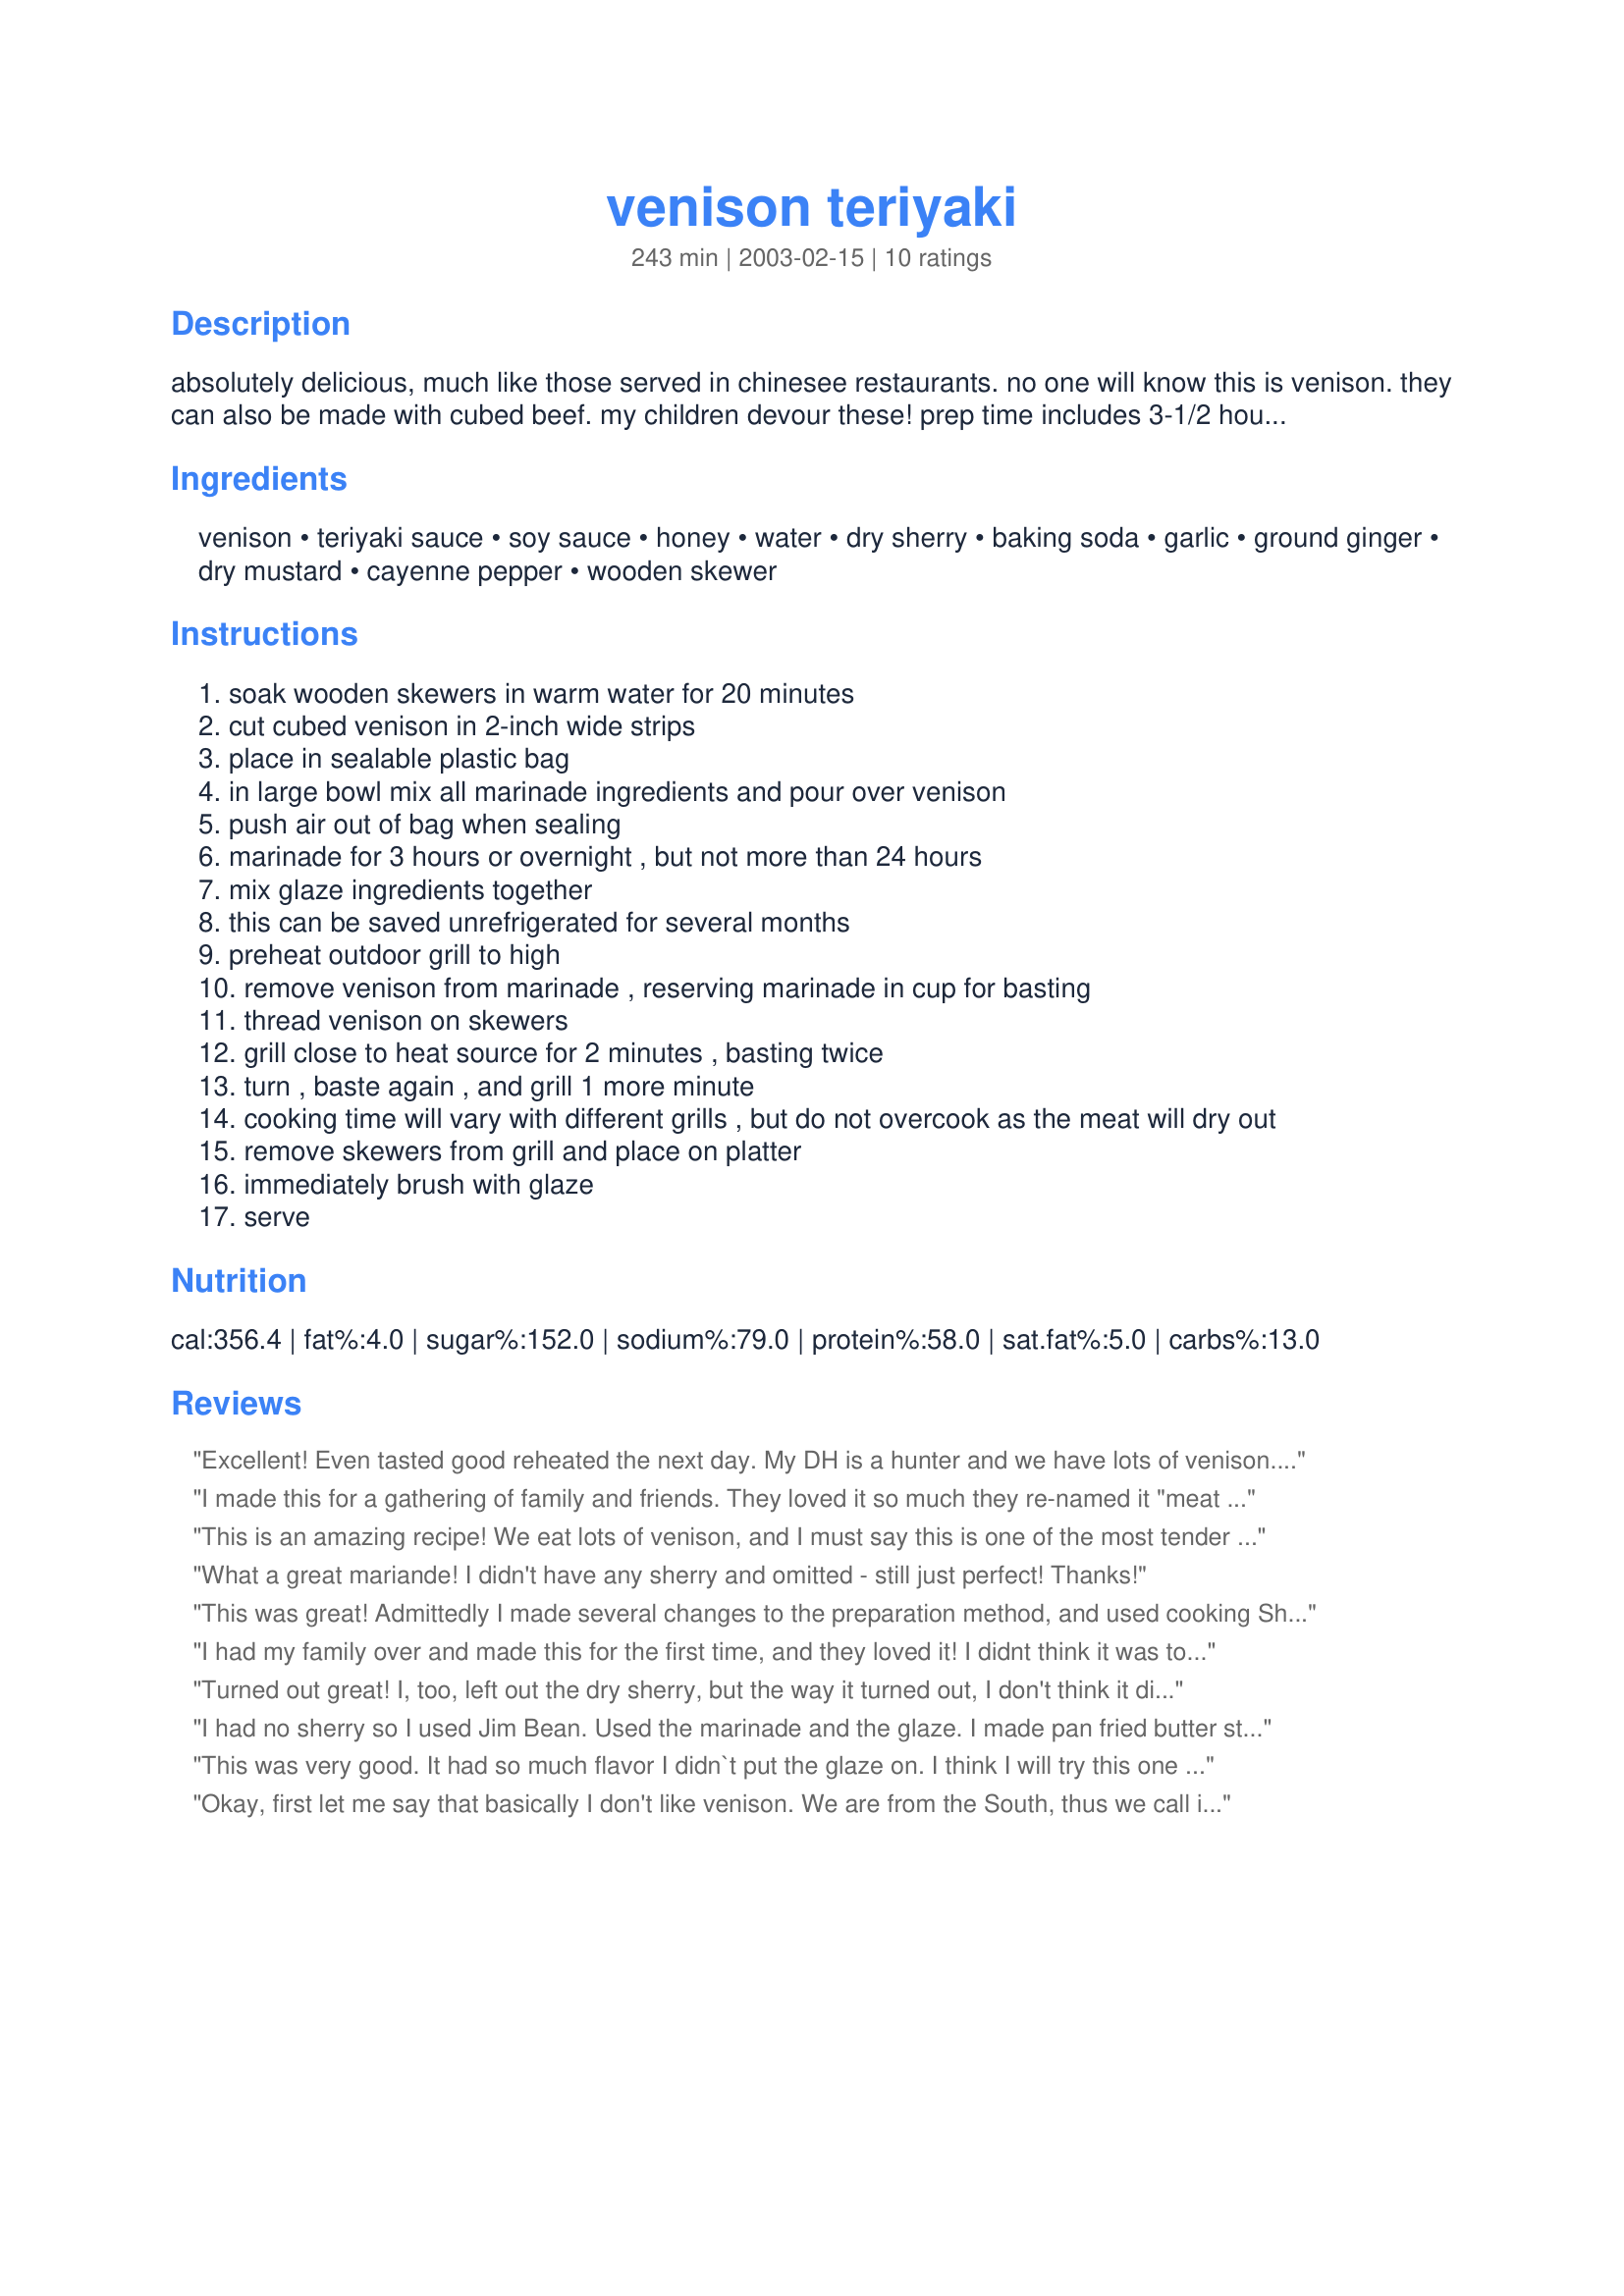
venison teriyaki
Preparation time: 243 minutes

absolutely delicious, much like those served in chinesee restaurants. no one will know this is venison. they can also be made with cubed beef. my children devour these! prep time includes 3-1/2 hours marinating time.

Ingredients:
venison, teriyaki sauce, soy sauce, honey, water, dry sherry, baking soda, garlic, ground ginger, dry mustard, cayenne pepper, wooden skewer

Steps:
soak wooden skewers in warm water for 20 minutes
cut cubed venison in 2-inch wide strips
place in sealable plastic bag
in large bowl mix all marinade ingredients and pour over venison
push air out of bag when sealing
marinade for 3 hours or overnight , but not more than 24 hours
mix glaze ingredients together
this can be saved unrefrigerated for several months
preheat outdoor grill to high
remove venison from marinade , reserving marinade in cup for basting
thread venison on skewers
grill close to heat source for 2 minutes , basting twice
turn , baste again , and grill 1 more minute
cooking time will vary with different grills , but do not overcook as the meat will dry out
remove skewers from grill and place on platter
immediately brush with glaze
serve

Reviews:
Excellent! Even tasted good reheated the next day. My DH is a hunter and we have lots of venison. Thanks for a new recipe BeachGirl!
I made this for a gathering of family and friends. They loved it so much they re-named it "meat candy"!
This is an amazing recipe! We eat lots of venison, and I must say this is one of the most tender and flavorful preparations we've had. I had not used baking soda in a marinade before-it made the meat incredibly tender and juicy. Thanks!
What a great mariande! I didn't have any sherry and omitted - still just perfect! Thanks!
This was great! Admittedly I made several changes to the preparation method, and used cooking Sherry instead of the drinking kind but it still came out very well. I made this on a weeknight and didnâ€™t have time to marinate my roast, so after cubing it up I placed it in the bottom of a 9x13 pan, covered it with the marinade, and baked it covered for almost an hour @ 350. Just before serving I removed it from the marinade and brushed it with the glaze. It came out so tender it was falling apart.
I had my family over and made this for the first time, and they loved it! I didnt think it was too sweet like everyone else said. Very good!
Turned out great! I, too, left out the dry sherry, but the way it turned out, I don't think it didn't need it at all. I will definitely add this to my recipe collection! Thanks!!!
I had no sherry so I used Jim Bean. Used the marinade and the glaze. I made pan fried butter steaks and cooked them med-rare. Fantastic...
Thanks for this one. Its now in my cookbook. Geo.
This was very good. It had so much flavor I didn`t put the glaze on.
I think I will try this one on chicken.This is in my cookbook.
Okay, first let me say that basically I don't like venison. We are from the South, thus we call it "deer meat". My husband was given some by a co-worker, so I knew I had to do something with it. THIS WAS GREAT!! I omitted the sherry, we ate all of it at one sitting, even the picky seven year old loved it. I am definitely going to try this with beef also but the deer meat was wonderful.
